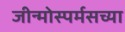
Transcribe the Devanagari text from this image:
जीन्मोस्पर्मसच्या